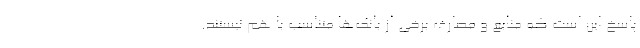
پاسخ این است که منابع و مصارف برخی از بانک‌ها متناسب با هم نیستند.